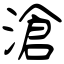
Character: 滄